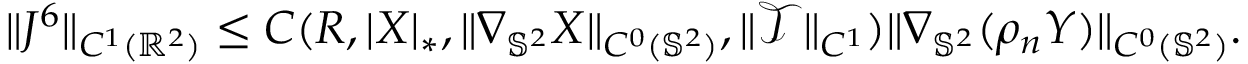
\begin{array} { r } { \| J ^ { 6 } \| _ { C ^ { 1 } ( \mathbb { R } ^ { 2 } ) } \leq C ( R , | \boldsymbol { X } | _ { * } , \| \nabla _ { \mathbb { S } ^ { 2 } } \boldsymbol { X } \| _ { C ^ { 0 } ( \mathbb { S } ^ { 2 } ) } , \| \mathcal { T } \| _ { C ^ { 1 } } ) \| \nabla _ { \mathbb { S } ^ { 2 } } ( \rho _ { n } \boldsymbol { Y } ) \| _ { C ^ { 0 } ( \mathbb { S } ^ { 2 } ) } . } \end{array}